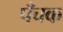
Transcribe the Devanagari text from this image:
पँचक